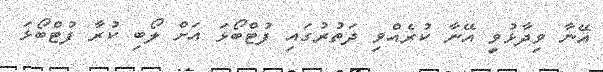
އޭނާ ވިދާޅުވީ އޭނާ ކުރެއްވި ދަތުރުގައި ފުޓްބޯޅަ އަށް ލޯބި ކުރާ ފުޓްބޯޅަ